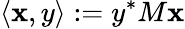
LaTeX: \langle\mathbf{x},y\rangle:=y^{*}M\mathbf{x}